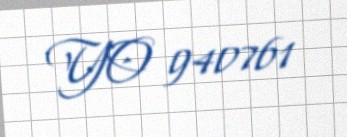
YO 940761